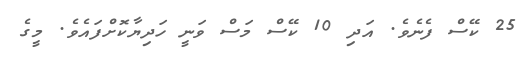
25 ކޭސް ފެނެވެ. އަދި 10 ކޭސް މަސް ވަނީ ހަދިޔާކޮށްފައެވެ. މީގެ